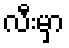
လီးမှာ